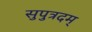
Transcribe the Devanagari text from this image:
सुपुत्रदम्